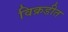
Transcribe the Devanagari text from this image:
विक्रडीत